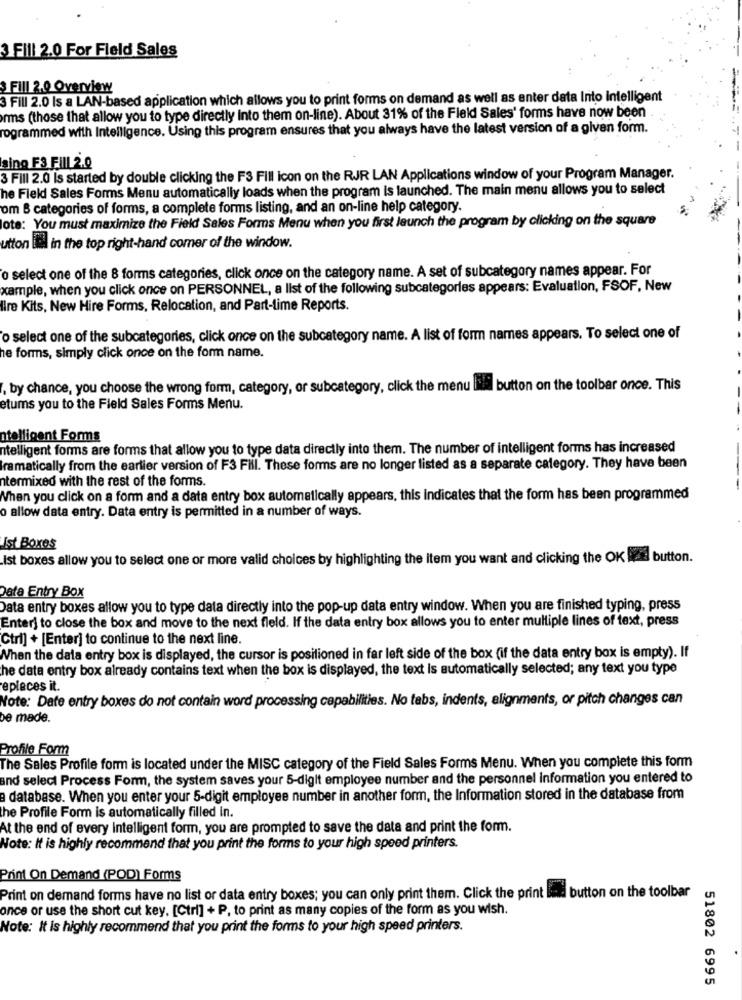
3 Fill 2.0 For Field Sales
$ Fill 2.0 Overview
3 Fill 2.0 Is a LAN-based application which allows you to print forms on demand as well as enter data Into intelligent
rms (those that allow you to type directly into them on-line). About 31% of the Field Sales' forms have now been
rogrammed with Intelligence. Using this program ensures that you always have the latest version of a given form.
sino F3 FIIL 2.0
3 Fill 2.0 Is started by double clicking the F3 Fill icon on the RJR LAN Applications window of your Program Manager.
he Field Sales Forms Menu automatically loads when the program is launched. The main menu allows you to select
om 6 categories of forms, a complete forms listing, and an on-line help category.
lote: You must maximize the Field Sales Forms Menu when you first launch the program by clicking on the square
utton til in the top right-hand comer of the window.
o select one of the 8 forms categories, click once on the category name. A set of subcategory names appear. For
xample, when you click once on PERSONNEL, a list of the following subcategories appears: Evaluation, FSOF, New
lire Kits, New Hire Forms, Relocation, and Part-time Reports.
o select one of the subcategories, click once on the subcategory name. A list of form names appears. To select one of
he forms, simply click once on the form name.
. by chance, you choose the wrong form, category, or subcategory, click the menu
button on the toolbar once. This
etums you to the Field Sales Forms Menu.
atelligent Forms
ntelligent forms are forms that allow you to type data directly into them. The number of intelligent forms has increased
ramatically from the earlier version of F3 Fill. These forms are no longer listed as a separate category. They have been
ntermixed with the rest of the forms.
When you click on a form and a data entry box automatically appears, this indicates that the form has been programmed
o allow data entry. Data entry is permitted in a number of ways.
Ist Boxes
Ist boxes allow you to select one or more valid choices by highlighting the Item you want and clicking the OK lze button.
Data Entry Box
Data entry boxes allow you to type data directly into the pop-up data entry window. When you are finished typing, press
Enter] to close the box and move to the next fleld. If the data entry box allows you to enter multiple lines of text, press
Ctrl] + [Enter] to continue to the next line.
When the data entry box is displayed, the cursor is positioned in far left side of the box (if the data entry box is empty). If
he data entry box already contains text when the box is displayed, the text is automatically selected; any text you type
eplaces it.
Note: Date entry boxes do not contain word processing capabilities. No tabs, indents, alignments, or pitch changes can
be made.
Profile Form
The Sales Profile form is located under the MISC category of the Field Sales Forms Menu. When you complete this form
and select Process Form, the system saves your 5-digit employee number and the personnel information you entered to
a database. When you enter your 5-digit employee number in another form, the Information stored in the database from
the Profile Form is automatically filled in.
At the end of every intelligent form, you are prompted to save the data and print the form.
Note: It is highly recommend that you print the forms to your high speed printers.
Print On Demand (POD) Forms
Print on demand forms have no list or data entry boxes; you can only print them. Click the print Bind button on the toolbar
once or use the short cut key. [Ctrl] + P, to print as many copies of the form as you wish.
Note: It is highly recommend that you print the forms to your high speed printers.
51802 6995